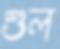
শুল